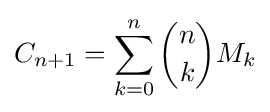
C_{n+1}=\sum _{k=0}^{n}{\binom {n}{k}}M_{k}